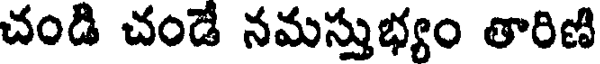
చండి చండే నమస్తుభ్యం తారిణి